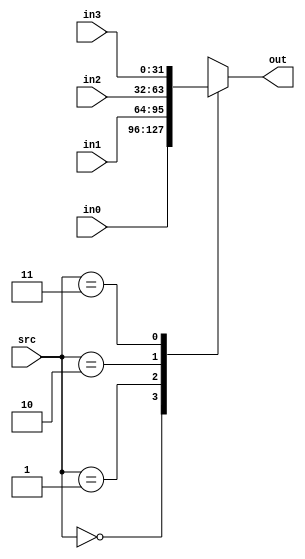
module Mux4(in0,in1,in2,in3,out,src);
input [31:0] in0, in1, in2, in3;
input [1:0] src;
output reg [31:0] out;

always @(src or in0 or in1 or in2 or in3) begin
    case(src)
    2'b00: out <= in0;
    2'b01: out <= in1;
    2'b10: out <= in2;
    2'b11: out <= in3;
    endcase
end
endmodule